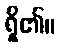
ရှိ၏။